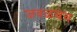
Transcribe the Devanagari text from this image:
जवळचेच